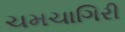
ચમચાગિરી